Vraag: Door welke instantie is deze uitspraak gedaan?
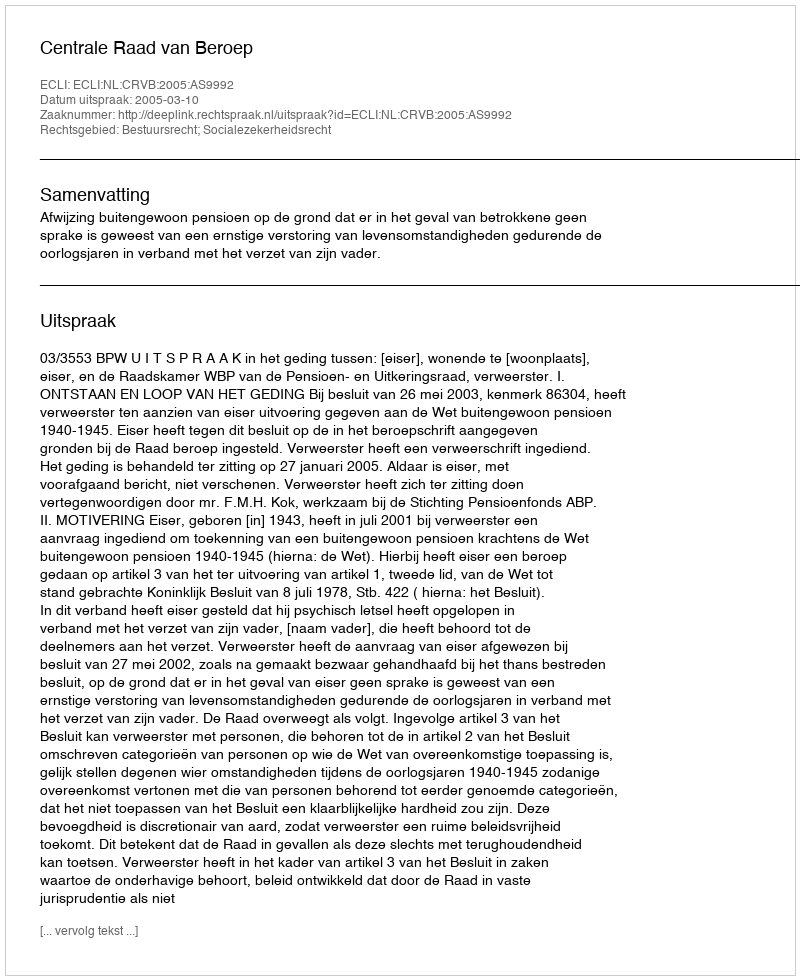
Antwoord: Centrale Raad van Beroep